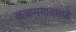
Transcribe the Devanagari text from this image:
कळमगावमध्ये